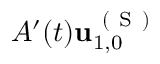
A ^ { \prime } ( t ) \mathbf { u } _ { 1 , 0 } ^ { \mathrm { ~ ( ~ S ~ ) ~ } }